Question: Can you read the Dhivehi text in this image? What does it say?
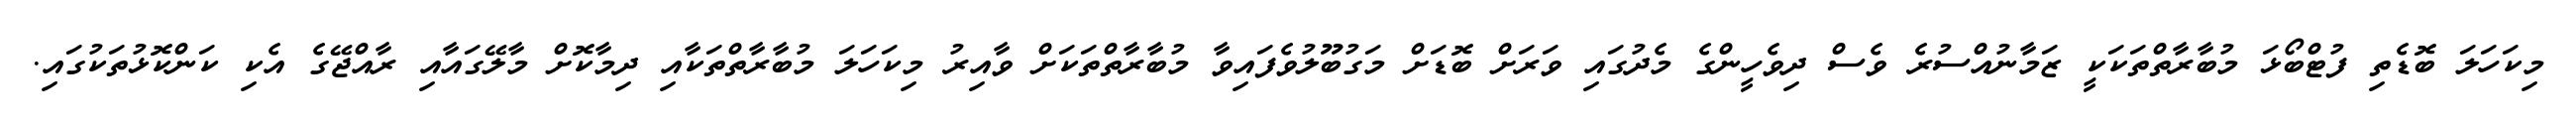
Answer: މިކަހަލަ ބޮޑެތި ފުޓްބޯޅަ މުބާރާތްތަކަކީ ޒަމާނުއްސުރެ ވެސް ދިވެހީންގެ މެދުގައި ވަރަށް ބޮޑަށް މަގުބޫލުވެފައިވާ މުބާރާތްތަކަށް ވާއިރު މިކަހަލަ މުބާރާތްތަކާއި ދިމާކޮށް މާލޭގައާއި ރާއްޖޭގެ އެކި ކަންކޮޅުތަކުގައި.